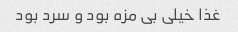
غذا خیلی بی مزه بود و سرد بود